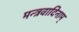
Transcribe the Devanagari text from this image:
मन्त्रवादिनाम्